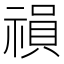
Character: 𥛍